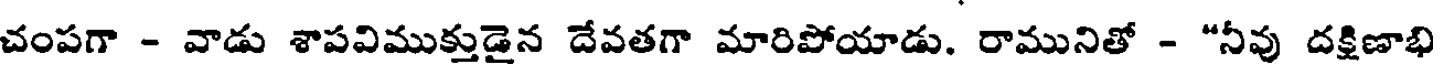
చంపగా - వాడు శాపవిముక్తుడైన దేవతగా మారిపోయాడు. రామునితో - "నీవు దక్షిణాభి